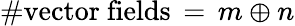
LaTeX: \# \mathrm{vector~fields}\, =\, m\oplus n